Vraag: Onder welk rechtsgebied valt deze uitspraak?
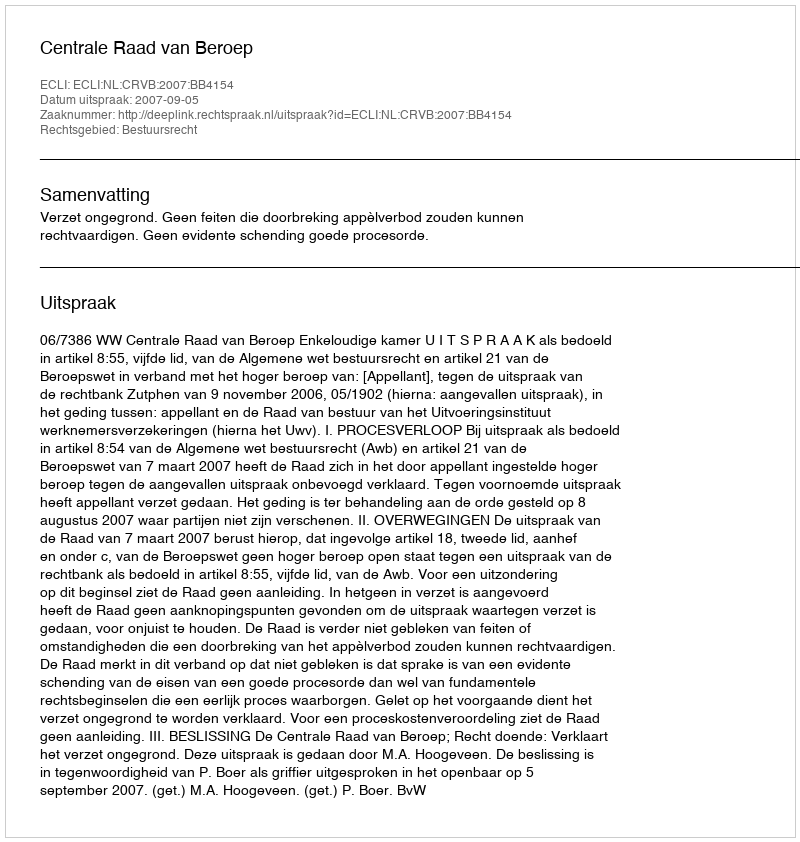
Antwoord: Bestuursrecht